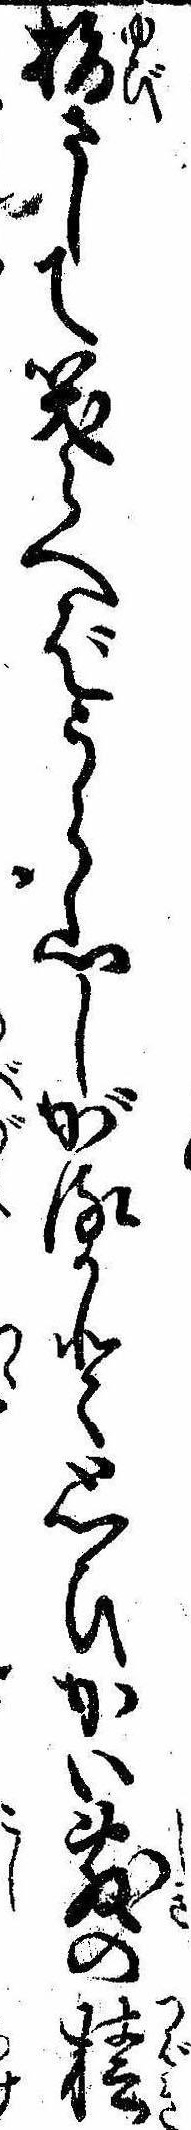
指さして笑らへばうら山しがるかと思ひかい敷の椿